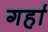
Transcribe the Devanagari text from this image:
गर्हा